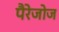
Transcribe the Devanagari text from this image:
पैरेजोज